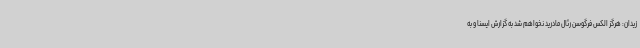
زیدان: هرگز الکس فرگوسن رئال مادرید نخواهم شد به گزارش ایسنا و به